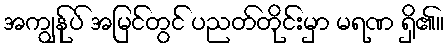
အကျွန်ုပ် အမြင်တွင် ပညတ်တိုင်းမှာ မရဏ ရှိ၏။